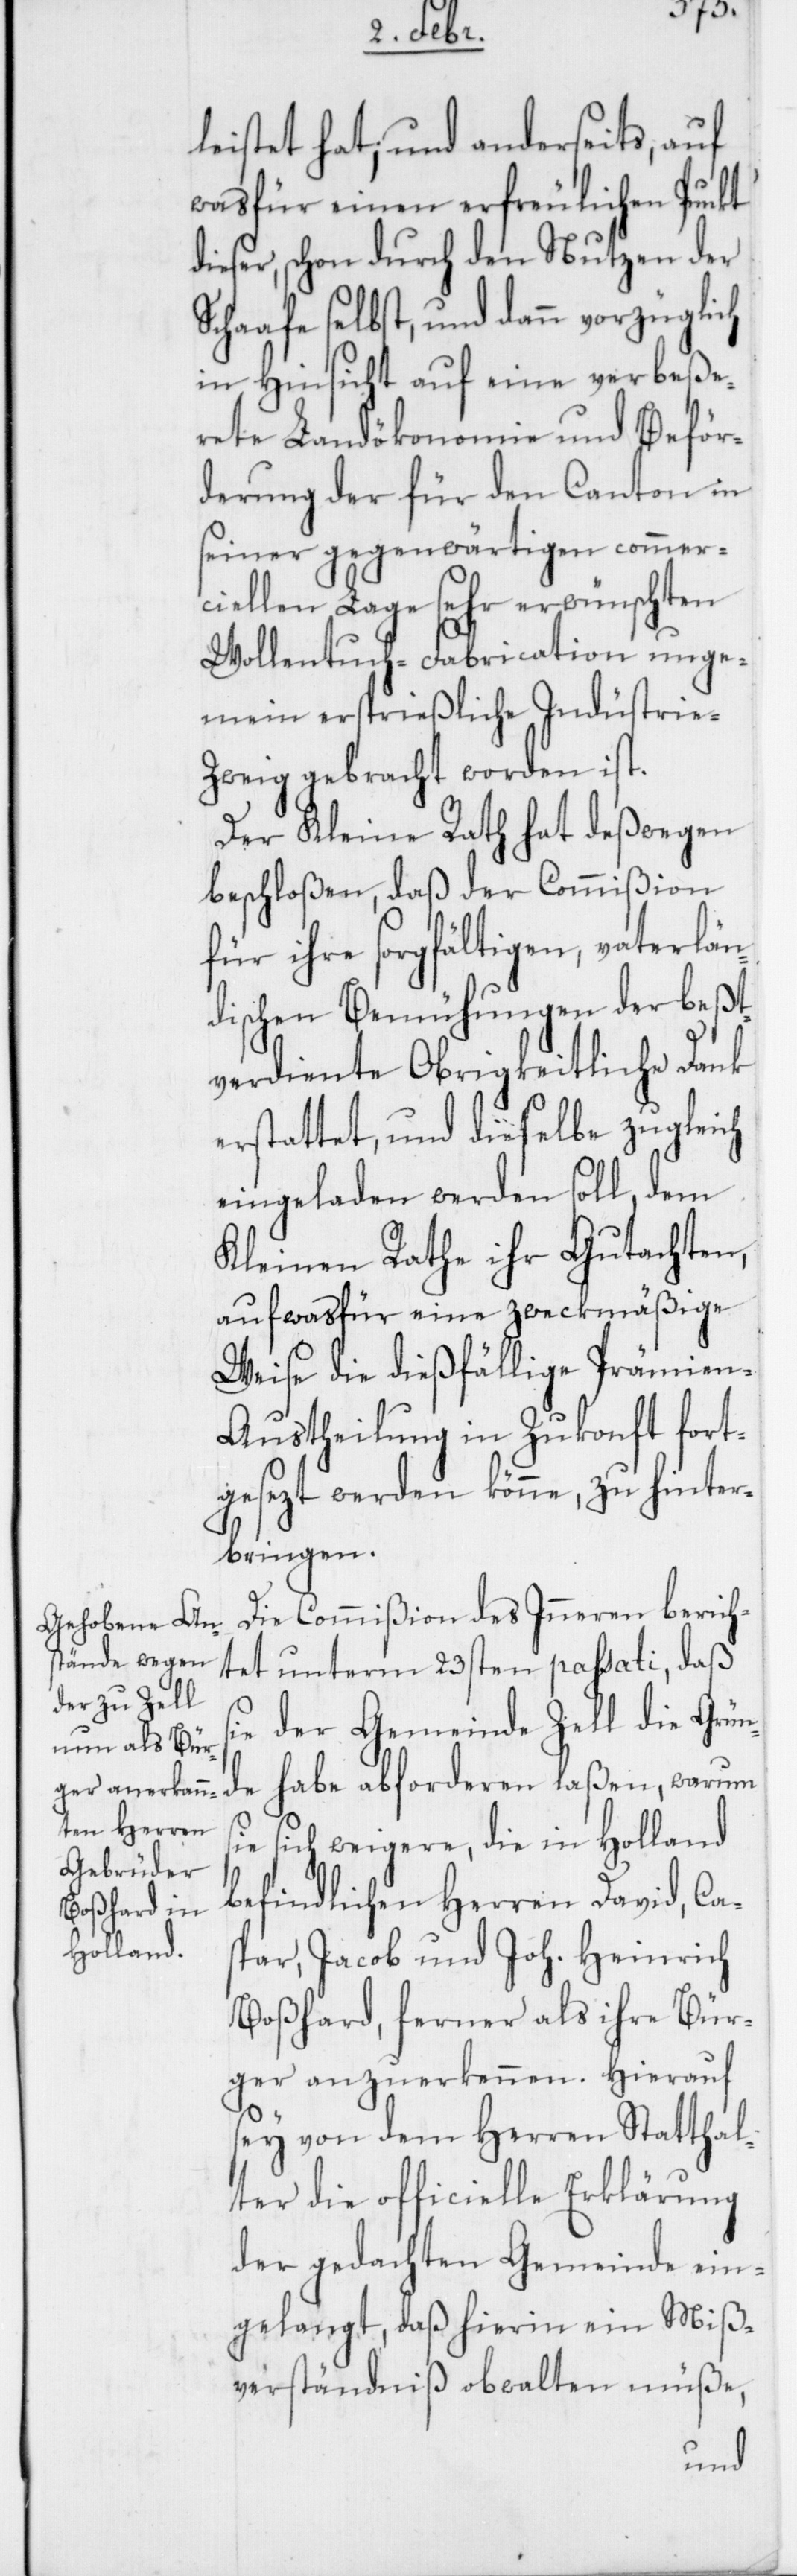
leistet hat, und anderseits, auf
was für einen erfreulichen Punkt
dieser, schon durch den Nutzen der
Schaafe selbst, und dann vorzüglich
in Hinsicht auf eine verbeße¬
rete Landökonomie und Beför¬
derung der für den Canton in
seiner gegenwärtigen commer¬
ciellen Laage sehr erwünschten
Wollentuch-Fabrication unge¬
mein ersprießliche Indüstrie-Z¬
weig gebracht worden ist.
Der Kleine Rath hat deßwegen
beschloßen, daß der Commißion
für ihre sorgfältigen, vaterlän¬
dischen Bemühungen der beßt¬
verdiente Obrigkeitliche Dank
erstattet, und dieselbe zugleich
eingeladen werden soll, dem
Kleinen Rathe ihr Gutachten,
auf was für eine zweckmäßige
Weise die dießfällige Prämien-A¬
ustheilung in Zukonft fort¬
gesezt werden könne, zu hinter¬
bringen.
Die Commißion des Inneren berich¬
tet unterm 23sten passati, daß
sie der Gemeinde Zell die Grün¬
de habe abforderen laßen, warum
sich weigere, die in Holland
befindlichen Herren David, Ca¬
spar, Jacob und Joh. Heinrich
Boßhard, ferner als ihre Bür¬
ger anzuerkennen. Hierauf
sey von dem Herren Statthal¬
ter die officielle Erklärung
der gedachten Gemeinde ein¬
gelangt, daß hierin ein Miß¬
verständniß obwalten müße,